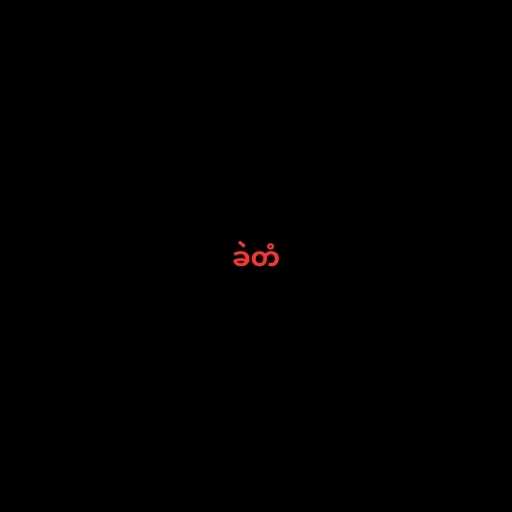
ခဲတံ